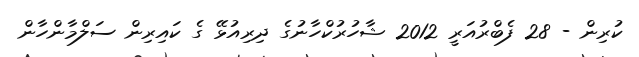
ކުރިން - 28 ފެބްރުއަރީ 2012 ޝާހުރުކްހާނުގެ ދިރިއުޅޭ ގެ ކައިރިން ސަލްމާންހާން